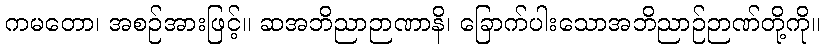
ကမတော၊ အစဉ်အားဖြင့်။ ဆအဘိညာဉာဏာနိ၊ ခြောက်ပါးသောအဘိညာဉ်ဉာဏ်တို့ကို။